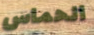
الحماس